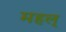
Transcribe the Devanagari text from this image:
महल्